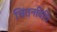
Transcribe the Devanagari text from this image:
चिंतनविधि